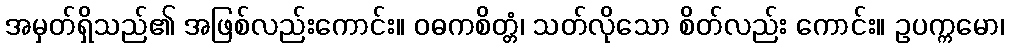
အမှတ်ရှိသည်၏ အဖြစ်လည်းကောင်း။ ဝဓကစိတ္တံ၊ သတ်လိုသော စိတ်လည်း ကောင်း။ ဥပက္ကမော၊